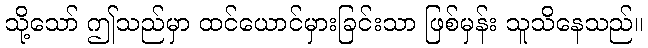
သို့သော် ဤသည်မှာ ထင်ယောင်မှားခြင်းသာ ဖြစ်မှန်း သူသိနေသည်။